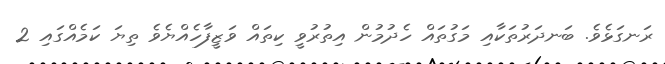
ރަނގަޅެވެ. ބަނދަރުތަކާއި މަގުތައް ހެދުމުން އިތުރުވީ ކިތައް ވަޒީފާހެއްޔެވެ ތިޔަ ކަމެއްގައި 2